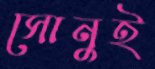
সোনুই